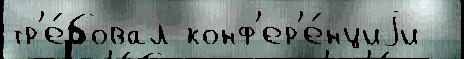
тр'е́бовал конф'ер'е́нциjи